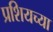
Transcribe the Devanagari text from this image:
प्रशियच्या